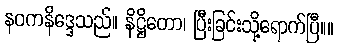
နဝကနိဒ္ဒေသည်။ နိဋ္ဌိတော၊ ပြီးခြင်းသို့ရောက်ပြီ။။